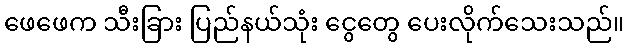
ဖေဖေက သီးခြား ပြည်နယ်သုံး ငွေတွေ ပေးလိုက်သေးသည်။